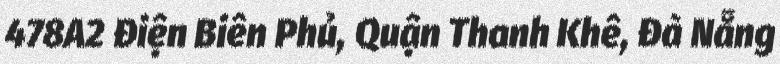
478A2 Điện Biên Phủ, Quận Thanh Khê, Đà Nẵng